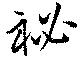
秘